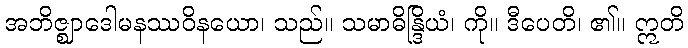
အဘိဇ္ဈာဒေါမနဿဝိနယော၊ သည်။ သမာဓိန္ဒြိယံ၊ ကို။ ဒီပေတိ၊ ၏။ ဣတိ